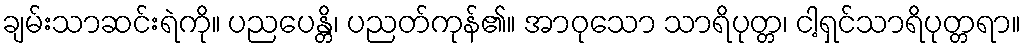
ချမ်းသာဆင်းရဲကို။ ပညပေန္တိ၊ ပညတ်ကုန်၏။ အာဝုသော သာရိပုတ္တ၊ ငါ့ရှင်သာရိပုတ္တရာ။